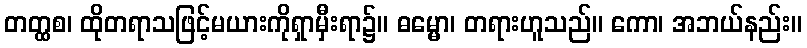
တတ္ထစ၊ ထိုတရာသဖြင့်မယားကိုရှာမှီးရာ၌။ ဓမ္မော၊ တရားဟူသည်။ ကော၊ အဘယ်နည်း။